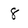
Character: 8